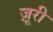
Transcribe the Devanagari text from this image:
ज़ूरी